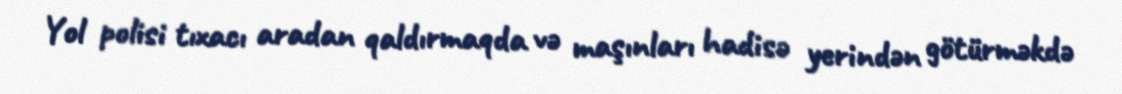
Yol polisi tıxacı aradan qaldırmaqda və maşınları hadisə yerindən götürməkdə